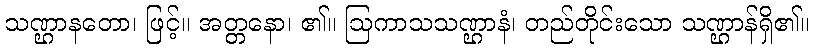
သဏ္ဌာနတော၊ ဖြင့်။ အတ္တနော၊ ၏။ ဩကာသသဏ္ဌာနံ၊ တည်တိုင်းသော သဏ္ဌာန်ရှိ၏။